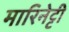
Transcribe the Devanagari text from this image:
मारिनेट्टी